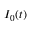
I _ { 0 } ( t )